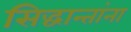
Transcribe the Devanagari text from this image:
सिद्धान्तांना